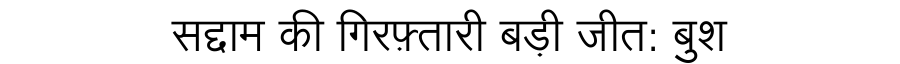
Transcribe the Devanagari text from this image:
सद्दाम की गिरफ़्तारी बड़ी जीत: बुश